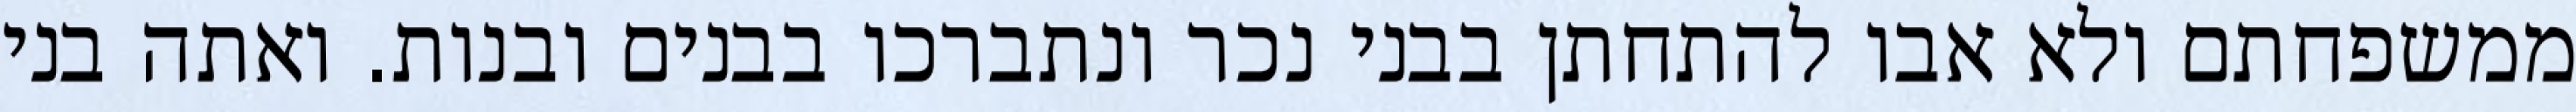
ממשפחתם ולא אבו להתחתן בבני נכר ונתברכו בבנים ובנות. ואתה בני